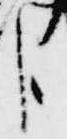
臣